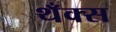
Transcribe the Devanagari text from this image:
थँक्स